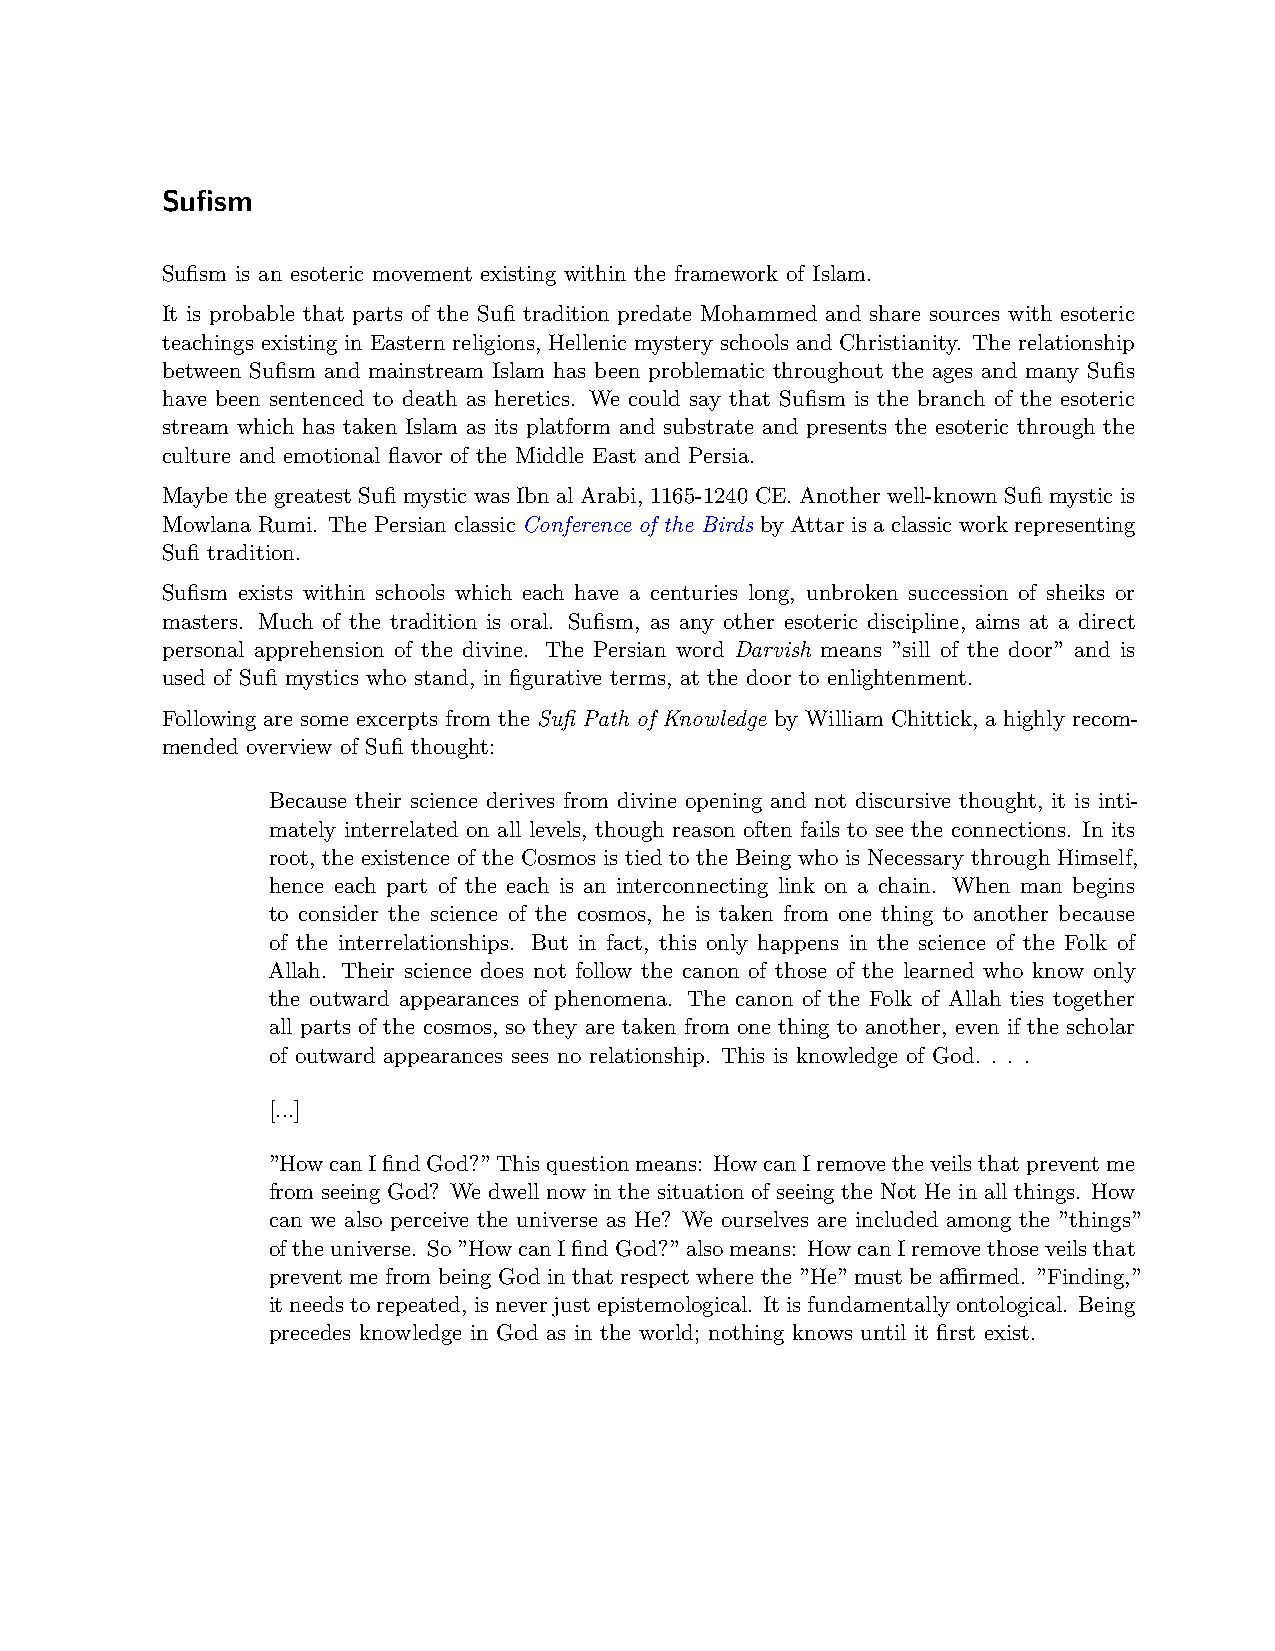
Sufism
 Sufism is an esoteric movement existing within the framework of Islam.
 It is probable that parts of the Sufi tradition predate Mohammed and share sources with esoteric
 teachings existing in Eastern religions, Hellenic mystery schools and Christianity. The relationship
 between Sufism and mainstream Islam has been problematic throughout the ages and many Sufis
 have been sentenced to death as heretics. We could say that Sufism is the branch of the esoteric
 stream which has taken Islam as its platform and substrate and presents the esoteric through the
 culture and emotional flavor of the Middle East and Persia.
 Maybe the greatest Sufi mystic was Ibn al Arabi, 1165-1240 CE. Another well-known Sufi mystic is
 Mowlana Rumi. The Persian classic Conference of the Birds by Attar is a classic work representing
 Sufi tradition.
 Sufism exists within schools which each have a centuries long, unbroken succession of sheiks or
 masters. Much of the tradition is oral. Sufism, as any other esoteric discipline, aims at a direct
 personal apprehension of the divine. The Persian word Darvish means ”sill of the door” and is
 used of Sufi mystics who stand, in figurative terms, at the door to enlightenment.
 Following are some excerpts from the Sufi Path of Knowledge by William Chittick, a highly recom-
 mended overview of Sufi thought:
 Because their science derives from divine opening and not discursive thought, it is inti-
 mately interrelated on all levels, though reason often fails to see the connections. In its
 root, the existence of the Cosmos is tied to the Being who is Necessary through Himself,
 hence each part of the each is an interconnecting link on a chain. When man begins
 to consider the science of the cosmos, he is taken from one thing to another because
 of the interrelationships. But in fact, this only happens in the science of the Folk of
 Allah. Their science does not follow the canon of those of the learned who know only
 the outward appearances of phenomena. The canon of the Folk of Allah ties together
 all parts of the cosmos, so they are taken from one thing to another, even if the scholar
 of outward appearances sees no relationship. This is knowledge of God. . . .
 [...]
 ”HowcanIfindGod?”Thisquestionmeans: HowcanIremovetheveilsthatpreventme
 from seeing God? We dwell now in the situation of seeing the Not He in all things. How
 can we also perceive the universe as He? We ourselves are included among the ”things”
 oftheuniverse. So”HowcanIfindGod?”alsomeans: HowcanIremovethoseveilsthat
 prevent me from being God in that respect where the ”He” must be aﬀirmed. ”Finding,”
 itneedstorepeated,isneverjustepistemological. Itisfundamentallyontological. Being
 precedes knowledge in God as in the world; nothing knows until it first exist.